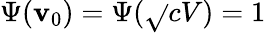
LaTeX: \Psi(\mathbf{v}_{0})=\Psi(\sqrt{}{{cV}})=1